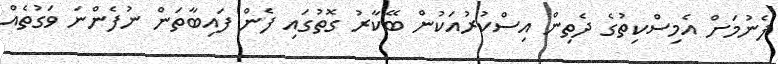
ފެނުމަށް އެމިސްކިތުގެ ދެތިން އިސްކުރުއަކުން ބޭކާރު ގޮތުގައި ފެން ފައިބާތަން ނުފެންނަ ވަގުތެއް